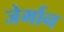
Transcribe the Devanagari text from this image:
जेर्मान